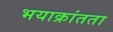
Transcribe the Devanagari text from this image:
भयाक्रांतता